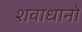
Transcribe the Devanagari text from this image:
शवाधानों